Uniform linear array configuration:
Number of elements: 64
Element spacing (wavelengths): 0.5
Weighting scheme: hann
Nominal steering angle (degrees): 0
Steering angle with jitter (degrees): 1.156
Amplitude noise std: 0.05
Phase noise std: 0.05

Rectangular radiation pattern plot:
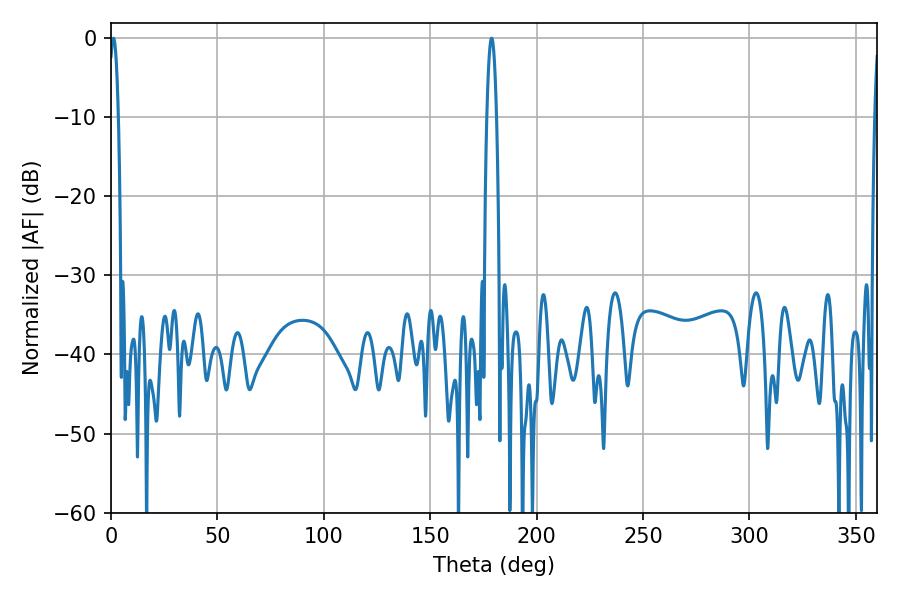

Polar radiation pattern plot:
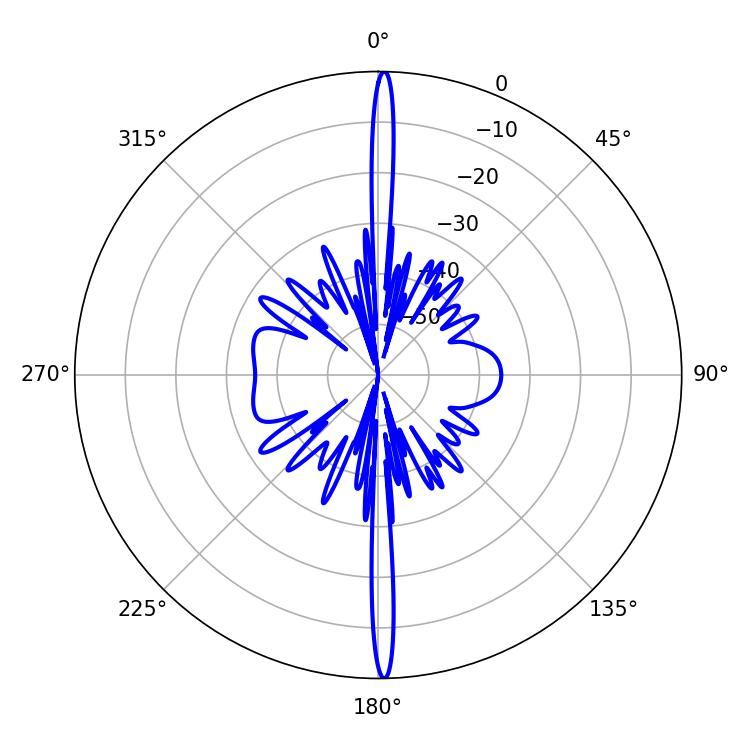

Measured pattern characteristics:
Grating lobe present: FALSE
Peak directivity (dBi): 30.59
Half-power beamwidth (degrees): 2.34
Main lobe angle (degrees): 1.08